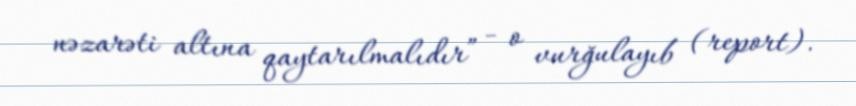
nəzarəti altına qaytarılmalıdır” - o vurğulayıb (report).